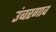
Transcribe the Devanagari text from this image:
उंबरगाव